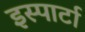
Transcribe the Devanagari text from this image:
इस्पार्टा